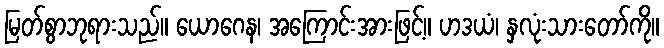
မြတ်စွာဘုရားသည်။ ယောဂေန၊ အကြောင်းအားဖြင့်။ ဟဒယံ၊ နှလုံးသားတော်ကို။